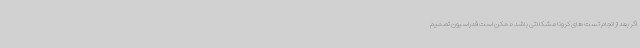
اگر بعد از انجام تست های کرونا مشکلاتی باشد ممکن است فدراسیون تصمیم